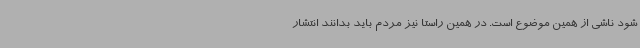
شود ناشی از همین موضوع است. در همین راستا نیز مردم باید بدانند انتشار